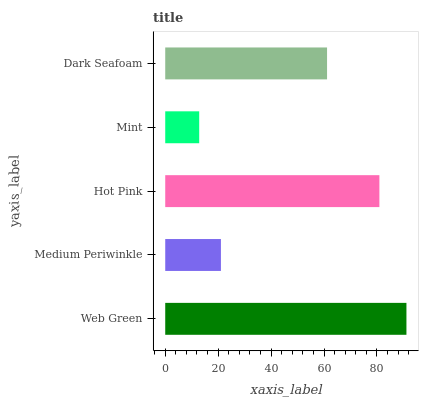
| yaxis_label | bars |
 | --- | --- |
 | Web Green | 91.1 |
 | Medium Periwinkle | 21 |
 | Hot Pink | 80.9 |
 | Mint | 12.8 |
 | Dark Seafoam | 61.1 |